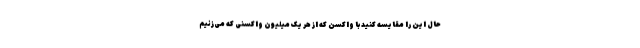
حال این را مقایسه کنید با واکسن که از هر یک میلیون واکسنی که می‌زنیم